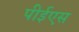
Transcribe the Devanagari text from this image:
पीईएस